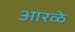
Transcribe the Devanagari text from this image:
आरळे